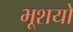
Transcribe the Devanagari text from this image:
भूशयो